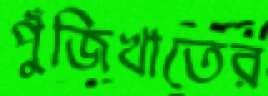
পুঁজিখাতের